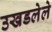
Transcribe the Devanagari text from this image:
उखडलेले